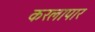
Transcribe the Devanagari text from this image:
करलापार